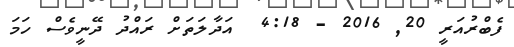
ފެބްރުއަރީ 20